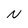
Character: N